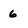
Character: 6